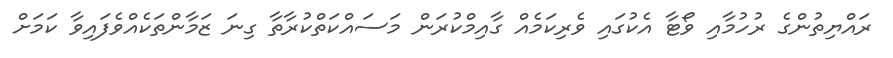
ރައްޔިތުންގެ ރުހުމާއި ވޯޓާ އެކުގައި ވެރިކަމެއް ގާއިމްކުރަން މަސައްކަތްކުރާތާ ގިނަ ޒަމާންތަކެއްވެފައިވާ ކަމަށް